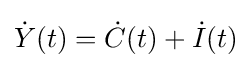
{\dot {Y}}(t)={\dot {C}}(t)+{\dot {I}}(t)